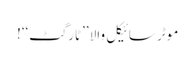
موٹر سائیکل والا ’’ٹارگٹ‘‘!